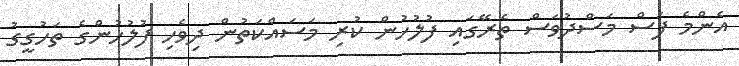
އެންމެ ފަސް މަސްދުވަސް ތެރޭގައި ފުލުހުން ކުރި މަސައްކަތުން ދިވެހި ފުލުހުންގެ ތަހުގީގު